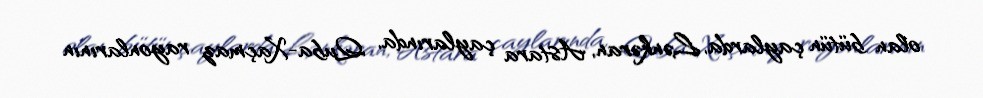
olan bütün çaylarda, Lənkəran, Astara çaylarında, Quba-Xaçmaz rayonlarının